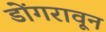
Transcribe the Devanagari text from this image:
डोंगरावून